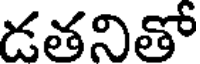
డతనితో